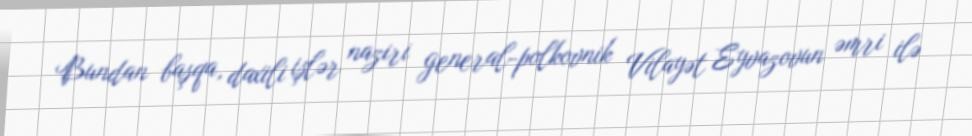
Bundan başqa, daxili işlər naziri general-polkovnik Vilayət Eyvazovun əmri ilə